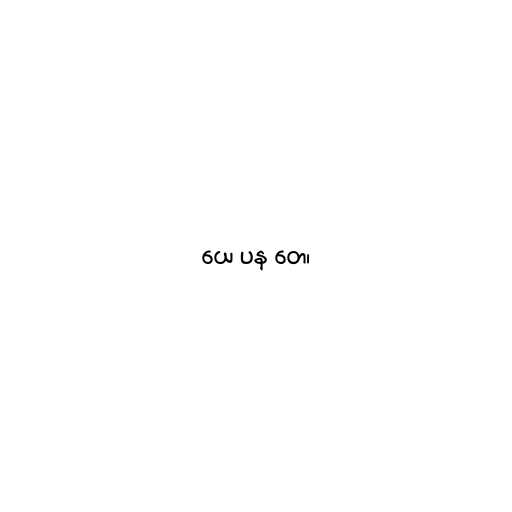
ယေ ပန တေ၊